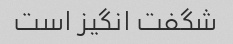
شگفت انگیز است